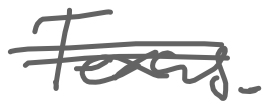
Text: Texas.
Cross-out: double-line
Writing tool: digital_gray